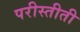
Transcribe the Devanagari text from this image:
परीस्तीती